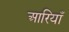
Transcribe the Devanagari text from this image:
आरियाँ